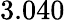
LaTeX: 3.040